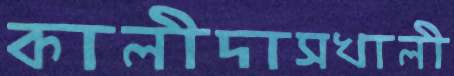
কালীদাসখালী